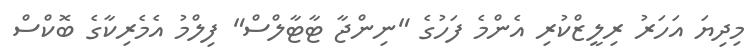
މިދިޔަ އަހަރު ރިލީޒްކުރި އެންމެ ފަހުގެ "ނިންޖާ ޓާޓާލްސް" ފިލްމު އެމެރިކާގެ ބޮކްސް